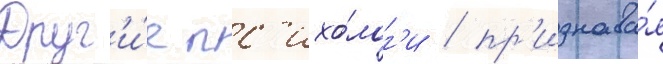
Друг'и́е пс'ихо́лог'и / пр'изнава́я